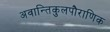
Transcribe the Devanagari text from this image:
अवान्तिकुलपौराणिक